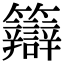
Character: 䉸